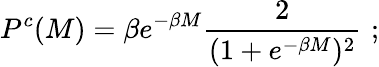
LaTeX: P^{c}(M)=\beta e^{-\beta M}\frac{2}{(1+e^{-\beta M})^{2}}\, \, ;